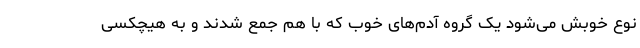
نوع خوبش می‌شود یک گروه آدم‌های خوب که با هم جمع شدند و به هیچکسی